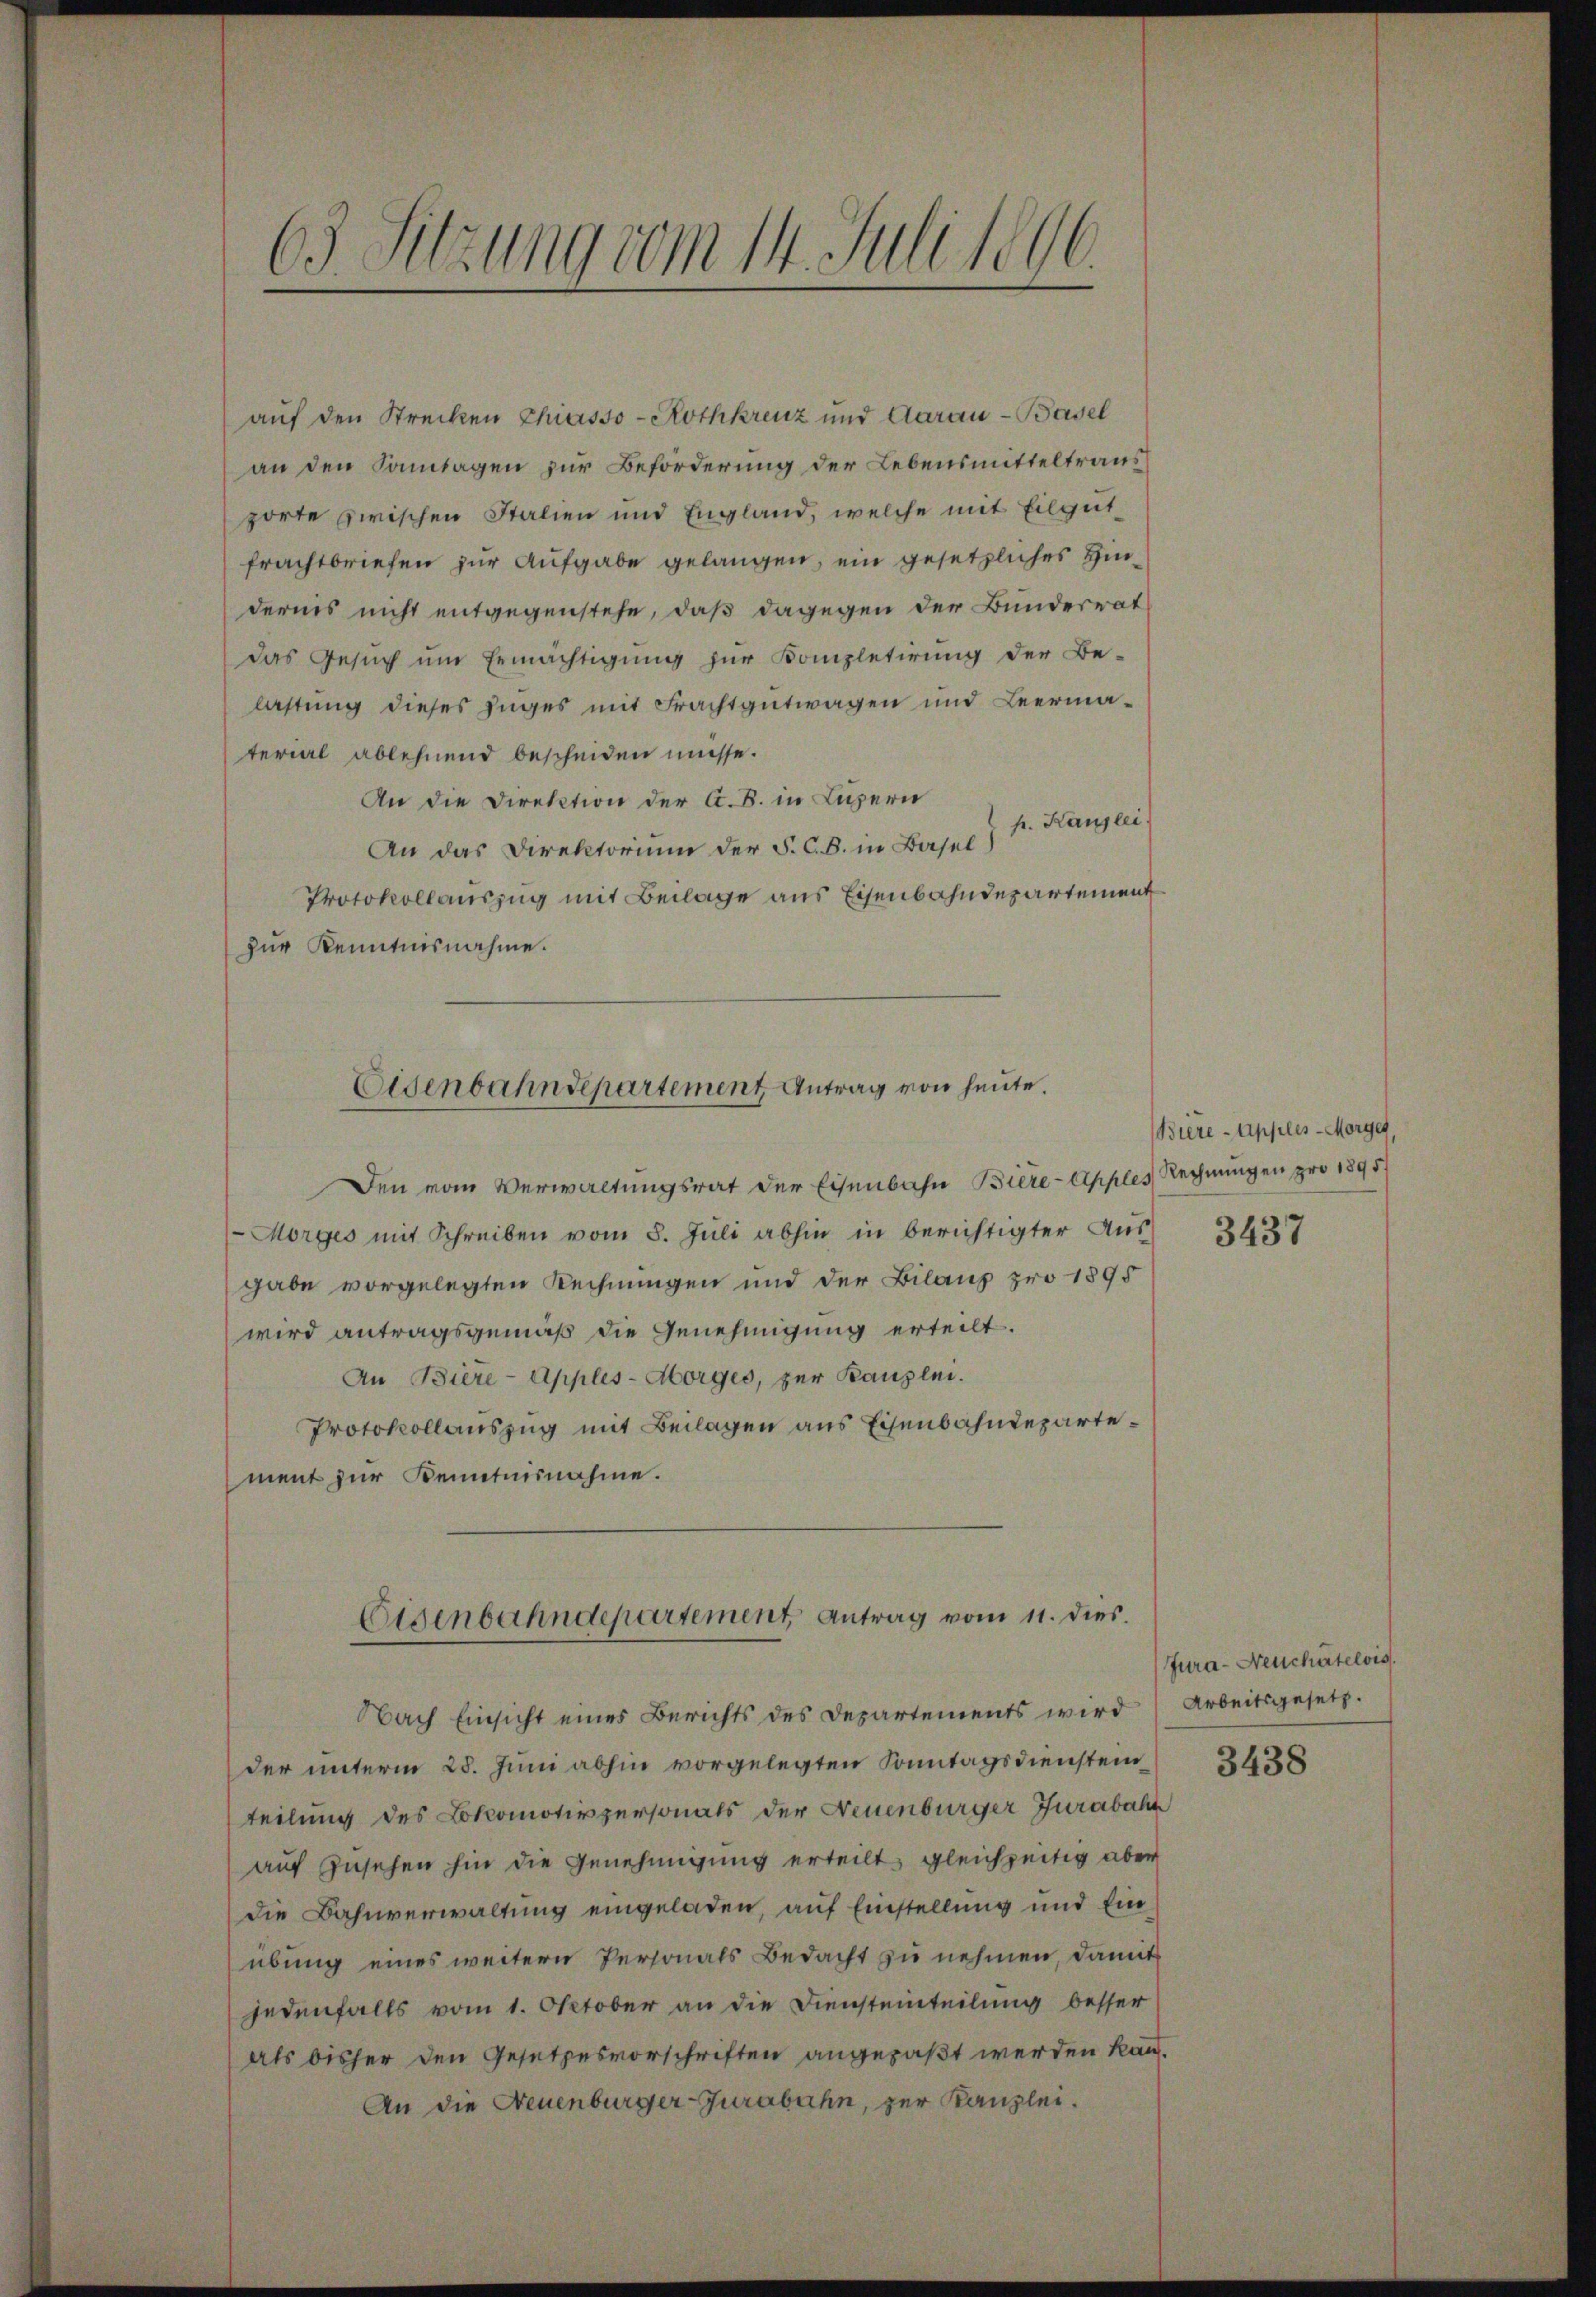
63. Sitzung vom 14. Juli 1896

auf den Strecken Chiasso - Rothkreuz und Aarau - Basel
an den Sontagen zur Beförderung der Lebensmitteltraus
porte zwischen Italien und England, welche mit Eilgut
frachtbriefen zur Aufgabe gelangen, ein gesetzliches Hindernis nicht entgegenstehe, daß dagegen der Bunderrat
das Gesŭch ŭm Ermächtigung zur Kompletirung der Be-
lastung dieses Zuges mit Frachtautwagen und Leermaterial ablehnend bescheiden müsse.
An die Direktion der A. B. in Luzern
p. Kanzlei
An das Direktorium der F. C. B. in Basel)
Protokollauszug mit Beilage aus Eisenbahndepartement
zur Kenntnisnahme.
Den vom Verwaltungsrat der Eisenbahn Biere-Apples Rechnungen pro 1895
Morges mit Schreiben vom 8. Juli abhin in berichtigter Ausgabe vorgelegten Rechnungen und der Bilanz pro 1895
wird antragsgemäß die Genehmigung erteilt.
An Biere - Apples-Morges, zur Kanzlei.
Protokollauszug mit Beilagen aus Eisenbahndepartement zur Kenntnisnahme.
Eisenbahndepartement Antrag vom 11. dies.
Nach Einsicht eines Berichts des Departements wird
der unterm 28. Juni abhin vorgelegten Sonntagsdienstei
teilung des Lokomotivpersonals der Neuenburger Jurabahn
auf Zusehen hin die Genehmigung erteilt, gleichzeitig aber
die Bahnverwaltung eingeladen, auf Einstellung und Einübung eines weitern Personals Bedacht zu nehmen, damit
jedenfalls vom 1. Oktober an die Diensteinteilung besser
als bisher den Gesetzesvorschriften angepaßt werden kann.
An die Neuenburger Jurabahn, zur Kanzlei.

Eisenbahndepartement Antrag von heute.

Biere Apples-Morges,

3437

Jura- Neuchâtelois.
Arbeitsgesetz.
3438